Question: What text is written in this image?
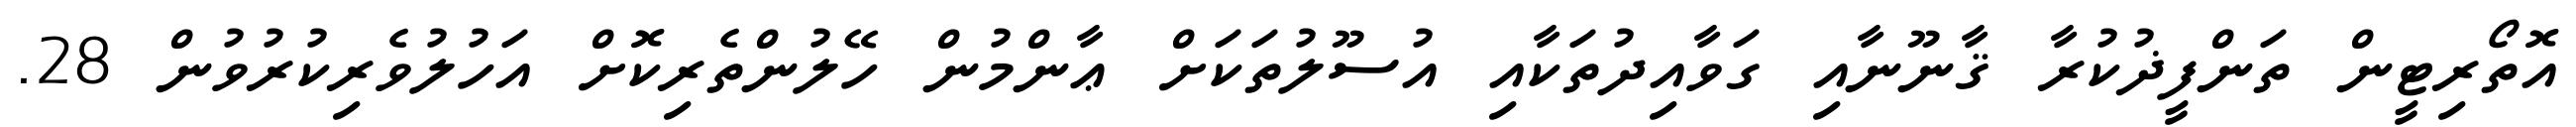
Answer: އޮތޯރިޓީން ތަންފީޛުކުރާ ޤާނޫނާއި ގަވާއިދުތަކާއި އުސޫލުތަކަށް ޢާންމުން ހޭލުންތެރިކޮށް އަހުލުވެރިކުރުވުން 28.